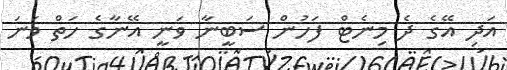
އަދި އޭގެ ދެ މިނެޓް ފަހުން ސަބީނާ ވަނީ އޭނާގެ ހަތް ވަނަ